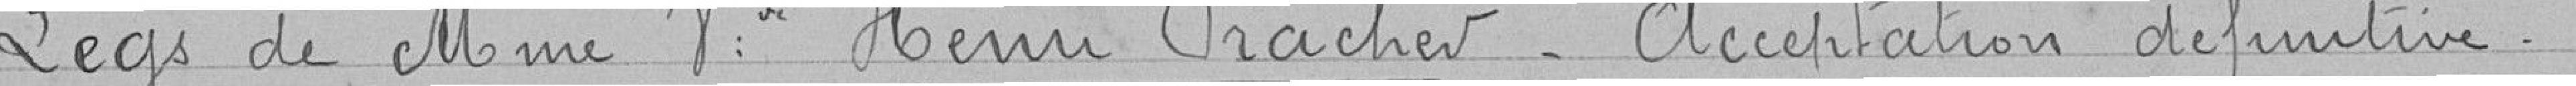
Legs de Mme V. Henri Pracher_ Acceptation définitive .